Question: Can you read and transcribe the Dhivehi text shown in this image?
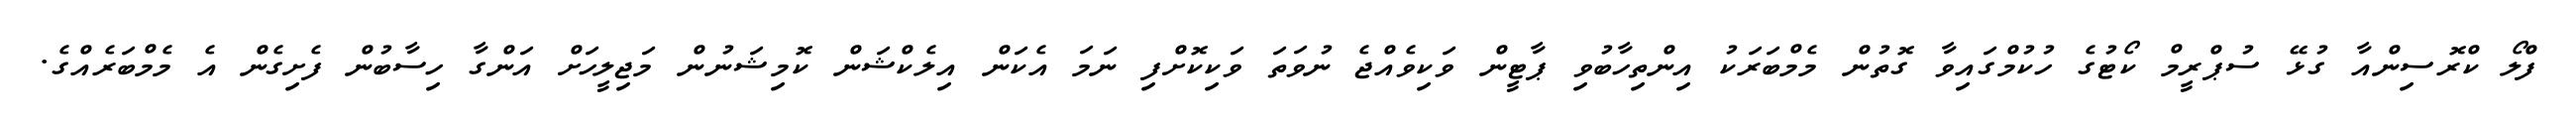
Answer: ފްލޯ ކްރޮސިންއާ ގުޅޭ ސުޕްރީމް ކޯޓުގެ ހުކުމްގައިވާ ގޮތުން މެމްބަރަކު އިންތިހާބުވި ޕާޓީން ވަކިވެއްޖެ ނުވަތަ ވަކިކޮށްފި ނަމަ އެކަން އިލެކްޝަން ކޮމިޝަނުން މަޖިލީހަށް އަންގާ ހިސާބުން ފެށިގެން އެ މެމްބަރެއްގެ.